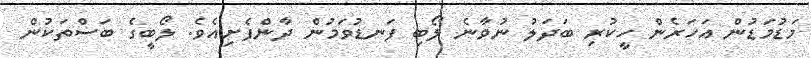
މަޑުމަޑުން އަހަރެން ހީކުރި ބަދަލު ނުވާނެ ލޯބި ފަނޑުވަމުން ދާންފެށިއެވެ. ލޯބީގެ ބަސްތަކުން